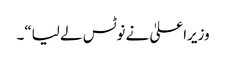
وزیراعلیٰ نے نوٹس لے لیا“۔